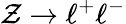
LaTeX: \mathcal{Z}\rightarrow\ell^{+}\ell^{-}